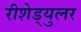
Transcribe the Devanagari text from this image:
रीशेड्युलर